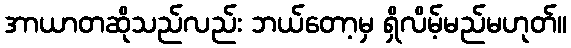
အာယာတဆိုသည်လည်း ဘယ်တော့မှ ရှိလိမ့်မည်မဟုတ်။